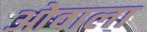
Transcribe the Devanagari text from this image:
ओवाला